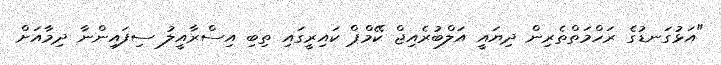
"އަޅުގަނޑުގެ ރަހްމަތްތެރިން ދިޔައީ އަލްބުރެއިޖް ކޭމްޕް ކައިރީގައި ތިބި އިސްރާއީލު ސިފައިންނާ ދިމާއަށް